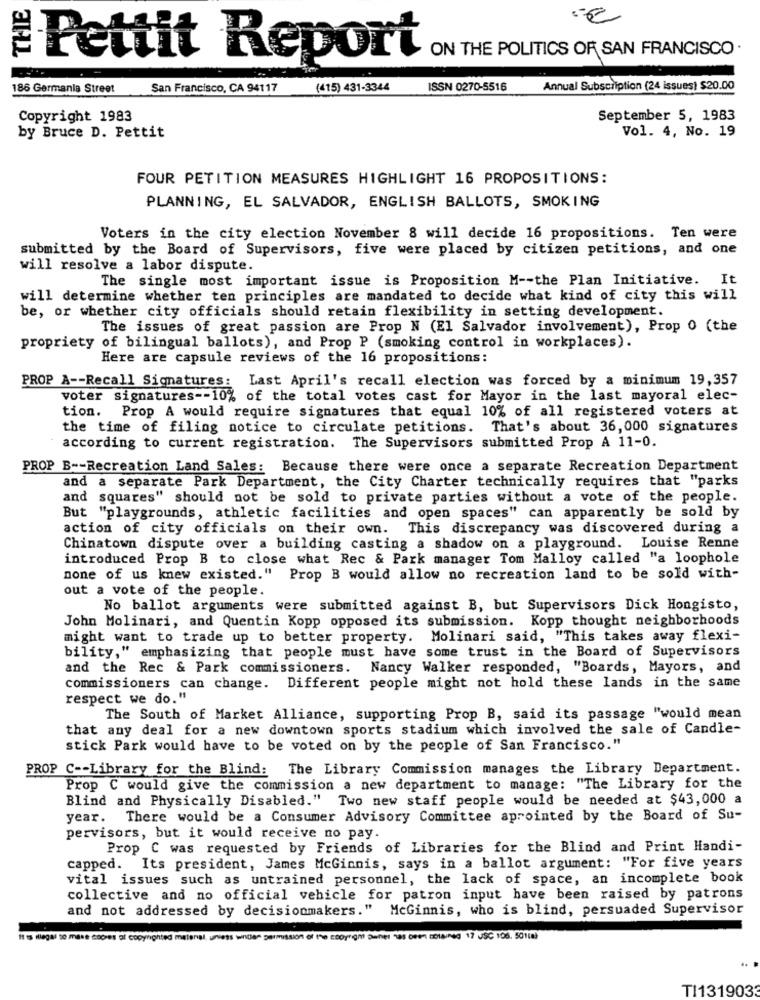
ON THE POLITICS OF SAN FRANCISCO .
Pettit Report
186 Germania Street
San Francisco, CA 94117
(415) 431-3344
ISSN 0270-5516
Annual Subscription (24 issues) $20.00
Copyright 1983
September 5, 1983
Vol. 4, No. 19
by Bruce D. Pettit
FOUR PETITION MEASURES HIGHLIGHT 16 PROPOSITIONS:
PLANNING, EL SALVADOR, ENGLISH BALLOTS, SMOKING
Voters in the city election November 8 will decide 16 propositions. Ten were
submitted by the Board of Supervisors, five were placed by citizen petitions, and one
will resolve a labor dispute.
The single most important issue is Proposition M -- the Plan Initiative. It
will determine whether ten principles are mandated to decide what kind of city this will
be, or whether city officials should retain flexibility in setting development.
The issues of great passion are Prop N (El Salvador involvement), Prop 0 (the
propriety of bilingual ballots), and Prop P (smoking control in workplaces).
Here are capsule reviews of the 16 propositions:
PROP A -- Recall Signatures: Last April's recall election was forced by a minimum 19,357
voter signatures -- 10% of the total votes cast for Mayor in the last mayoral elec-
tion. Prop A would require signatures that equal 10% of all registered voters at
the time of filing notice to circulate petitions. That's about 36, 000 signatures
according to current registration. The Supervisors submitted Prop A 11-0.
PROP B -- Recreation Land Sales: Because there were once a separate Recreation Department
and a separate Park Department, the City Charter technically requires that "parks
and squares" should not be sold to private parties without a vote of the people.
But "playgrounds, athletic facilities and open spaces" can apparently be sold by
action of city officials on their own. This discrepancy was discovered during a
Chinatown dispute over a building casting a shadow on a playground. Louise Renne
introduced Prop B to close what Rec & Park manager Tom Malloy called "a loophole
none of us knew existed."
Prop B would allow no recreation land to be sold with-
out a vote of the people.
No ballot arguments were submitted against B, but Supervisors Dick Hongisto,
John Molinari, and Quentin Kopp opposed its submission. Kopp thought neighborhoods
might want to trade up to better property. Molinari said, "This takes away flexi-
bility," emphasizing that people must have some trust in the Board of Supervisors
and the Rec & Park commissioners. Nancy Walker responded, "Boards, Mayors, and
commissioners can change. Different people might not hold these lands in the same
respect we do."
The South of Market Alliance, supporting Prop B, said its passage "would mean
that any deal for a new downtown sports stadium which involved the sale of Candle-
stick Park would have to be voted on by the people of San Francisco."
PROP C -- Library for the Blind: The Library Commission manages the Library Department.
Prop C would give the commission a new department to manage: "The Library for the
Blind and Physically Disabled." Two new staff people would be needed at $43,000 a
year.
There would be a Consumer Advisory Committee aprointed by the Board of Su-
pervisors, but it would receive no pay.
Prop C was requested by Friends of Libraries for the Blind and Print Handi-
capped. Its president, James McGinnis, says in a ballot argument: "For five years
vital issues such as untrained personnel, the lack of space, an incomplete book
collective and no official vehicle for patron input have been raised by patrons
and not addressed by decisionmakers."
McGinnis, who is blind, persuaded Supervisor
DlaunNg 17 USC 106. 50110)
TI1319033